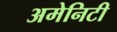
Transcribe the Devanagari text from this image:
अमेनिटी